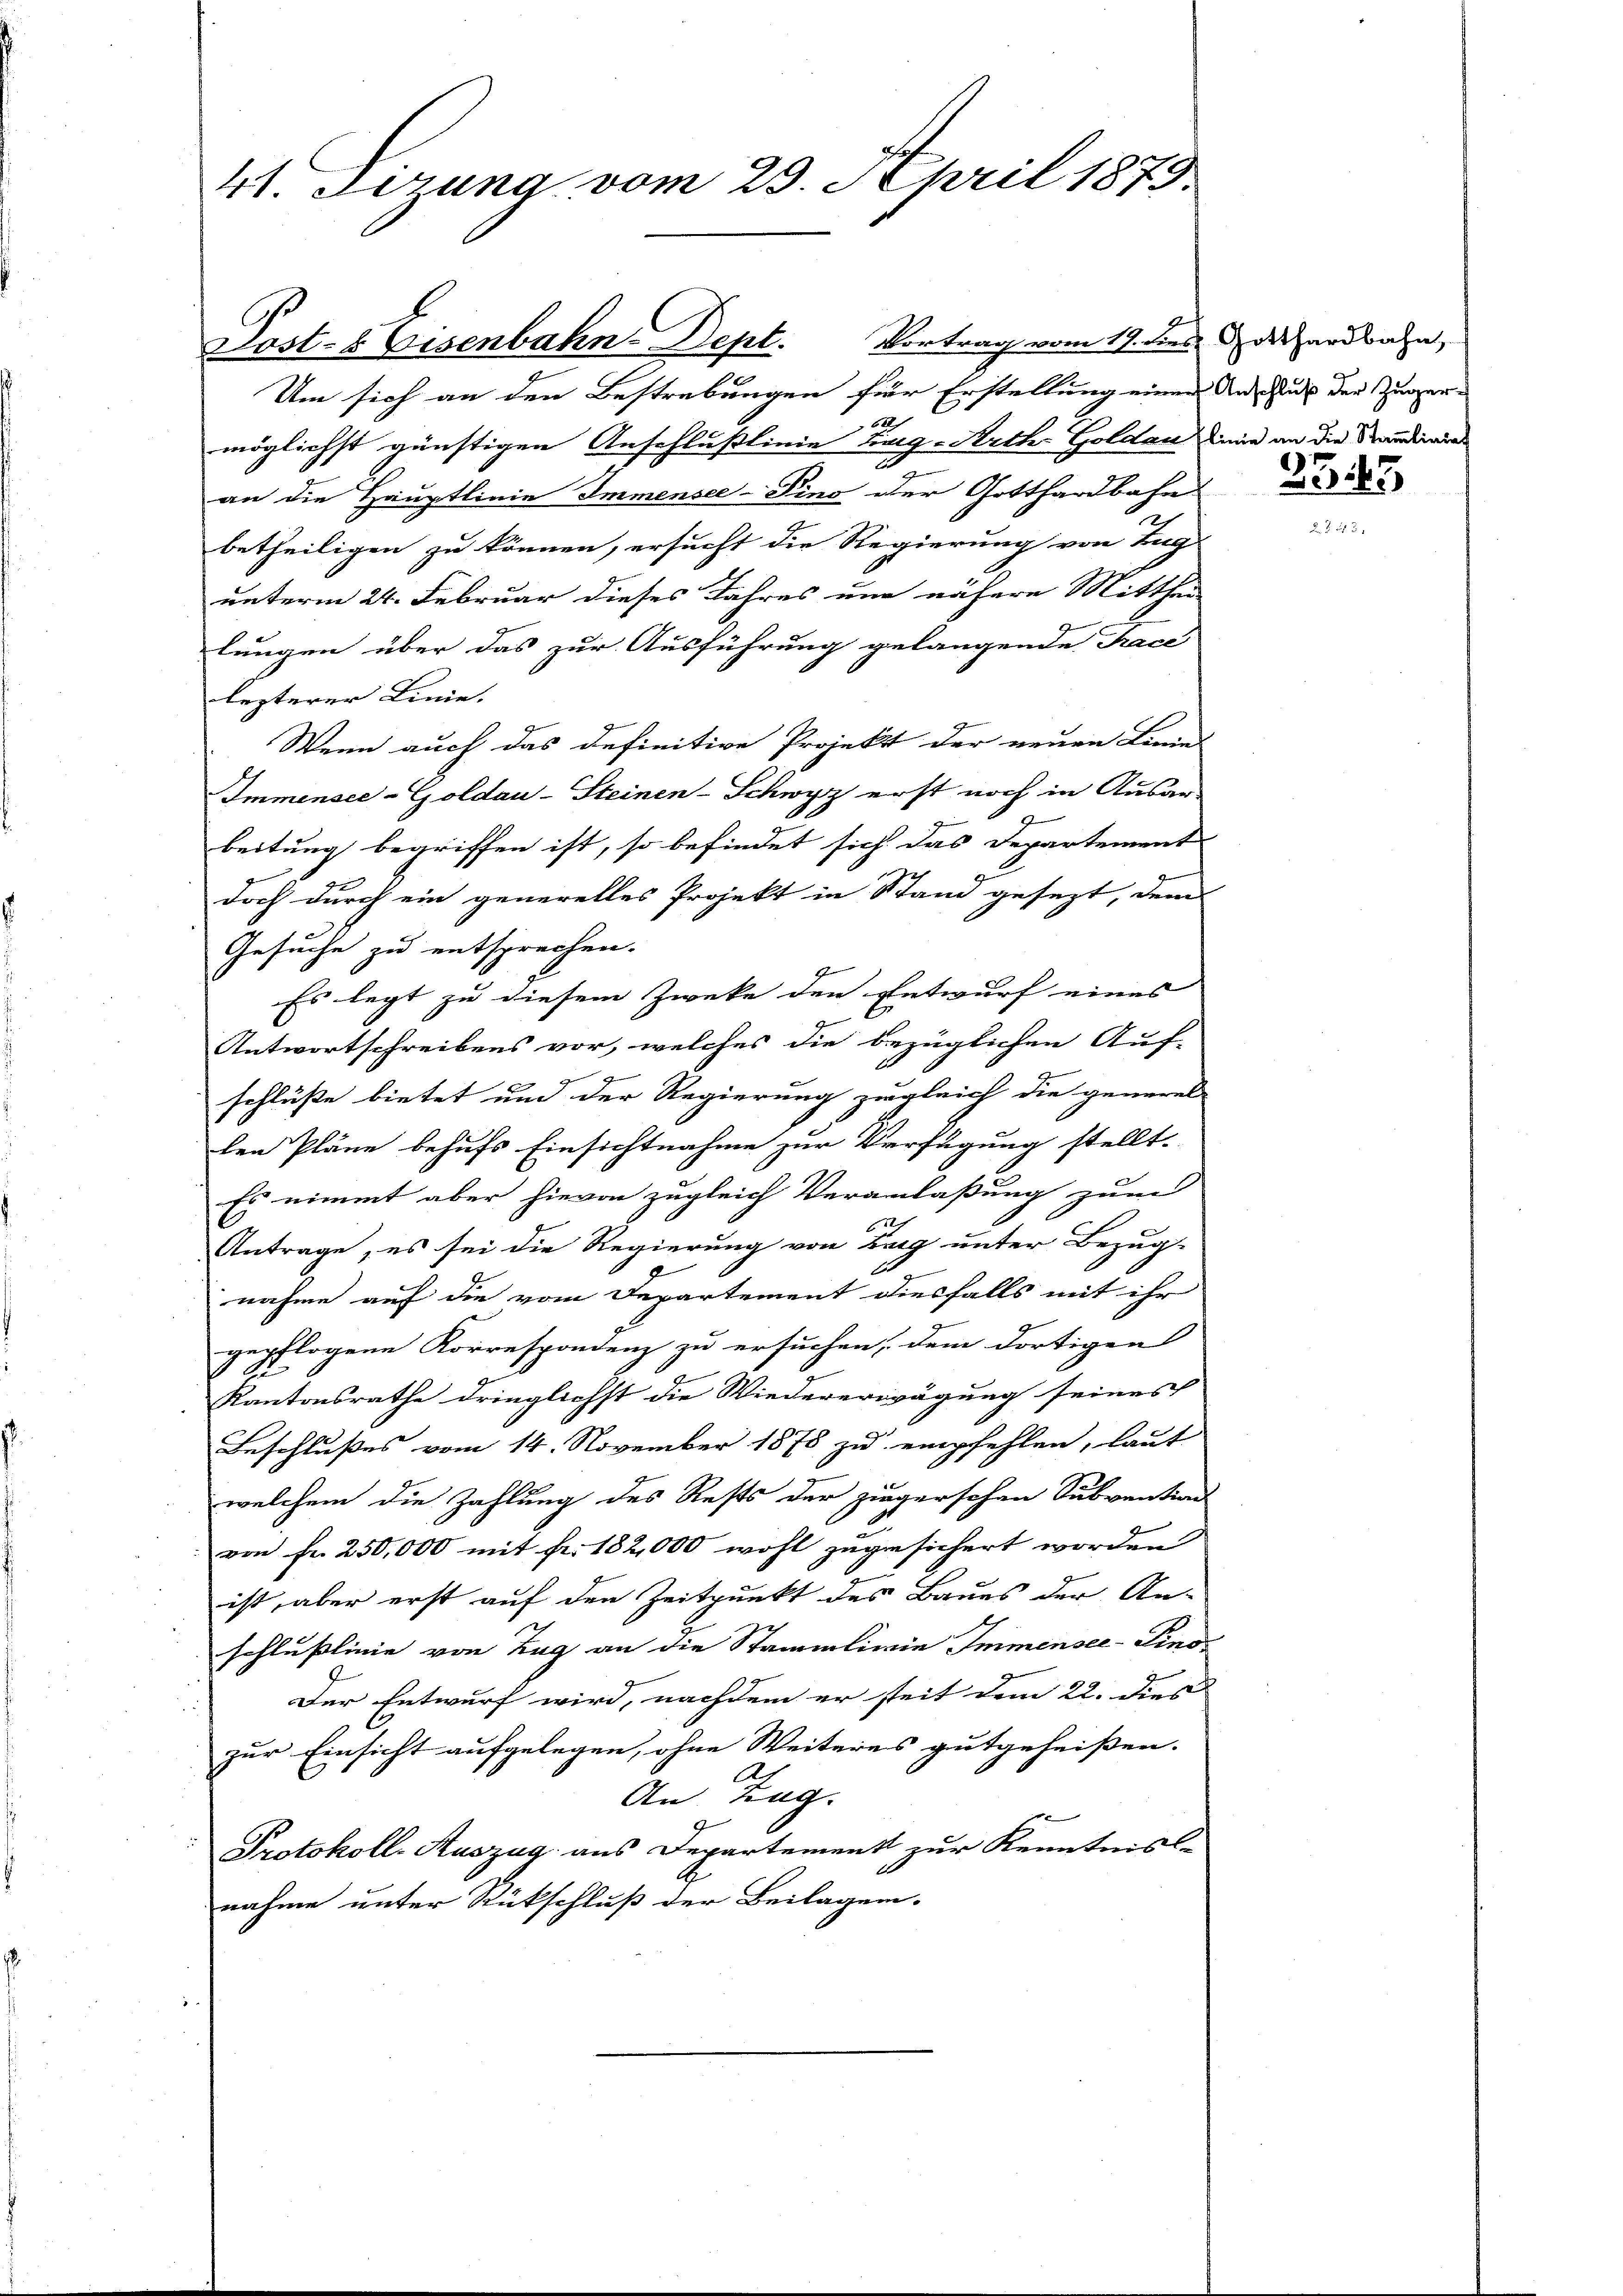
Post- & Eisenbahn-Dept. Vortrag vom 19. des Gotthardbahn,
Um sich an den Bestrebungen für Erstellung einen Unaus der Zuger-
62
möglichst günstigen Anschlusslinie Tag-Arther Goldau die an die Standende
an die Hauptlinie Immensee–Pino der Gotthardbahn
betheiligen zu können, ersucht die Regierung von Zug
unterm 24. Februar dieses Jahres nur nähere Mitthei
lungen über das zur Ausführung gelangende Trace
lezterer Linie.
Wenn auch das definitive Projekt der neuen Linies
Immensee-Goldau-Steinen-Schwyz erst noch in Ausar-
beitung begriffen ist, so befindet sich das Departement
doch durch ein generelles Projekt in Stand gesezt, dem
Gesuche zu entsprechen.
Es legt zu diesem Zwecke den Entwurf eines
Antwortschreibens vor, welches die bezüglichen Auf-
schlüße bietet und der Regierung zugleich die general-
len Pläne behufs Einsichtnahme zur Verfügung stellt.
Es nimmt aber hievon zugleich Veranlaßung zum
Antrage, es sei die Regierung von Zug unter Bezug-
nahme auf die vom Departement diesfalls mit ihr
gepflogene Korrespondenz zu ersuchen, dem dortigen
Kantonsrathe dringlichst die Wiedererwägung seines
Beschlußes vom 14. November 1878 zu empfehlen, laut
welchem die Zahlung des Rests der ziegerschen Subvention
von fr. 250,000 mit fr. 182,000 wohl zugesichert worden
ist, aber erst auf den Zeitpunkt des Baues der An-
schlußlinie von Zug an die Stammlinie Immensee-Sino¬
Der Entwurf wird, nachdem er steit dem 22. dies
zur Einsicht aufgelegen, ohne Weiteres gutgeheißen.
Al
An Tag.
Protokoll-Auszug aus Departement zur Kenntnis-
nahme unter Rückschluß der Beilagen.

41. Ferung vom 25. April 1879

2545